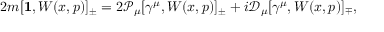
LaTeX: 2 m [ { \bf 1 } , W ( x , p ) ] _ { \pm } = 2 { \mathcal P } _ { \mu } [ \gamma ^ { \mu } , W ( x , p ) ] _ { \pm } + i { \mathcal D } _ { \mu } [ \gamma ^ { \mu } , W ( x , p ) ] _ { \mp } ,